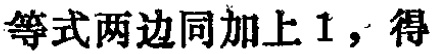
等式两边同加上 1，得